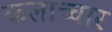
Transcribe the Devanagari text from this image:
कलाच्चार